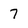
Character: 7